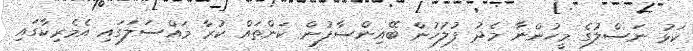
ކަޅު ނަސްލުގެ މީހުންނާ މެދު ފުލުހުން ބޭއިންސާފުން ކަންތައް ކުރާ މައްސަލަގައި އެމެރިކާގައި